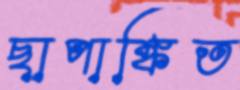
ছাপাঙ্কিত